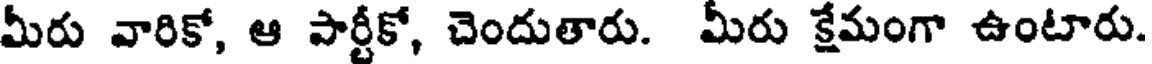
మీరు వారికో, ఆ పార్టీకో, చెందుతారు. మీరు క్షేమంగా ఉంటారు.